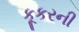
કૂકરની